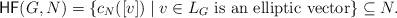
LaTeX: \begin{align*}\mathsf{HF}(G,N)=\{c_N([v])\mid v\in L_G~\textrm{is an elliptic vector}\}\subseteq N.\end{align*}